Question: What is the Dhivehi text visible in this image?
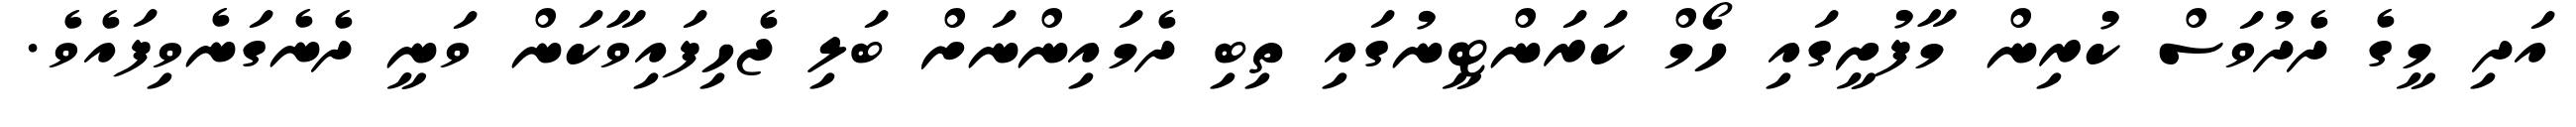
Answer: އަދި މީގެ ދެދުވަސް ކުރިން މާފުށީގައި ހޯމް ކަރަންޓީނުގައި ތިބި ދެމައިންނަށް ބަލި ޖެހިފައިވާކަން ވަނީ ދެނެގަނެވިފައެވެ.